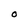
Character: O